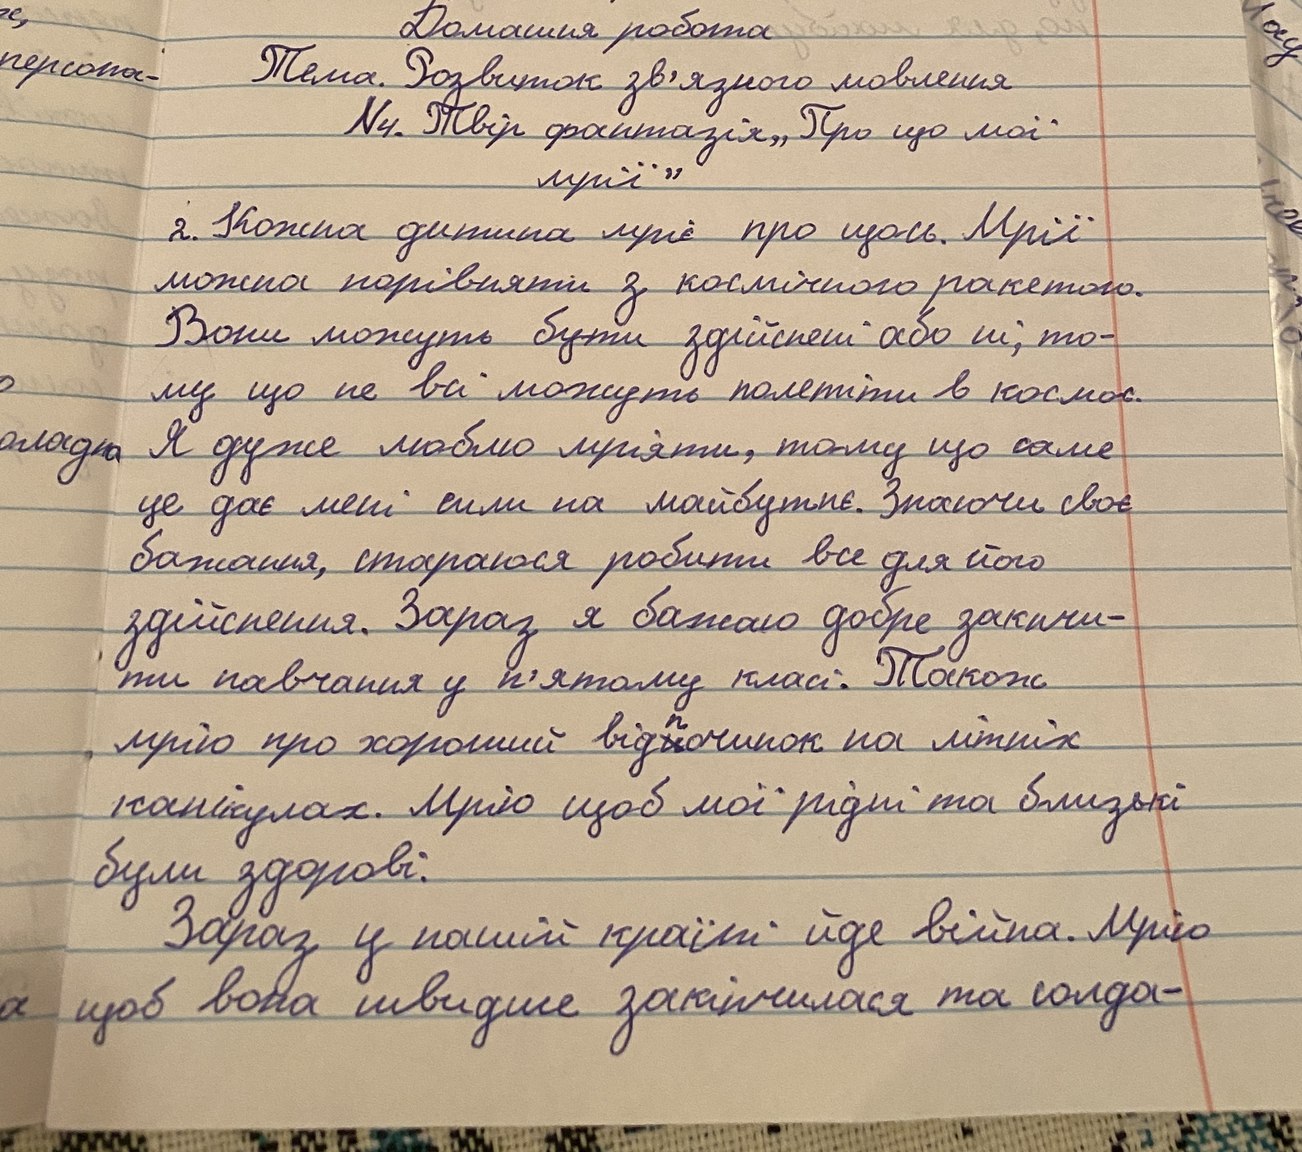
Домашня робота
Тема. Розвиток зв'язного мовлення
№4. Твір фантазія „Про що мої
муӥ
2. Кожна дитина мріє про щось. Мрії
можна порівняти з космічною ракетою.
Вони можуть бути здійснені або ні; то-
му що не всі можуть полетіти в космос.
Я дуже люблю мріяти, тому що саме
це дає мені сили на майбутнє. Знаючи своє
бажання, стараюся робити все для його
здійснення. Зараз я бажаю добре закін-
ти навчання у п'ятому класі. Також
мрію про хороший від~~и~~починок на літніх
канікулах. Мрію щоб мої рідні та близькі
були здорові:
Зараз у нашій країні йде війна. Мрію
щоб вона швидше закінчилася та солда-